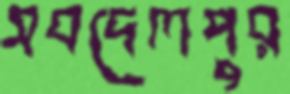
সবদেলপুর